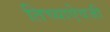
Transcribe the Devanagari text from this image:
तिच्याऐवजी